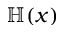
\mathbb H ( x )